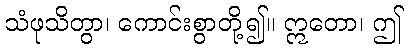
သံဖုသိတွာ၊ ကောင်းစွာတို့၍။ ဣတော၊ ဤ